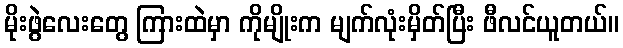
မိုးဖွဲလေးတွေ ကြားထဲမှာ ကိုမျိုးက မျက်လုံးမှိတ်ပြီး ဖီလင်ယူတယ်။